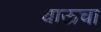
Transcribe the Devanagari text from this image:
चाऊचा